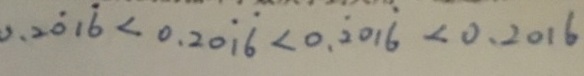
0 . 2 \dot { 0 } 1 \dot { 6 } < 0 . 2 0 \dot { 1 } \dot { 6 } < 0 . \dot { 2 } 0 1 \dot { 6 } < 0 . 2 0 1 6